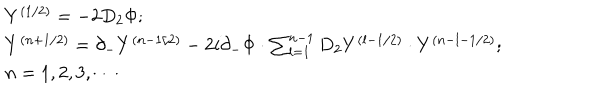
LaTeX: \begin{array} { l } { { Y ^ { ( 1 / 2 ) } = - 2 D _ { 2 } \Phi ; } } \\ { { Y ^ { ( n + 1 / 2 ) } = \partial _ { - } Y ^ { ( n - 1 / 2 ) } - 2 i \partial _ { - } \Phi \cdot \sum _ { l = 1 } ^ { n - 1 } D _ { 2 } Y ^ { ( l - 1 / 2 ) } \cdot Y ^ { ( n - l - 1 / 2 ) } ; } } \\ { { n = 1 , 2 , 3 , \cdots } } \\ \end{array}